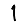
Digit: 1